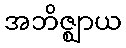
အဘိဇ္ဈာယ